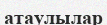
атаулылар